Indian journal of veterinary science and animal husbandry - Volume 3,
Year: 1933
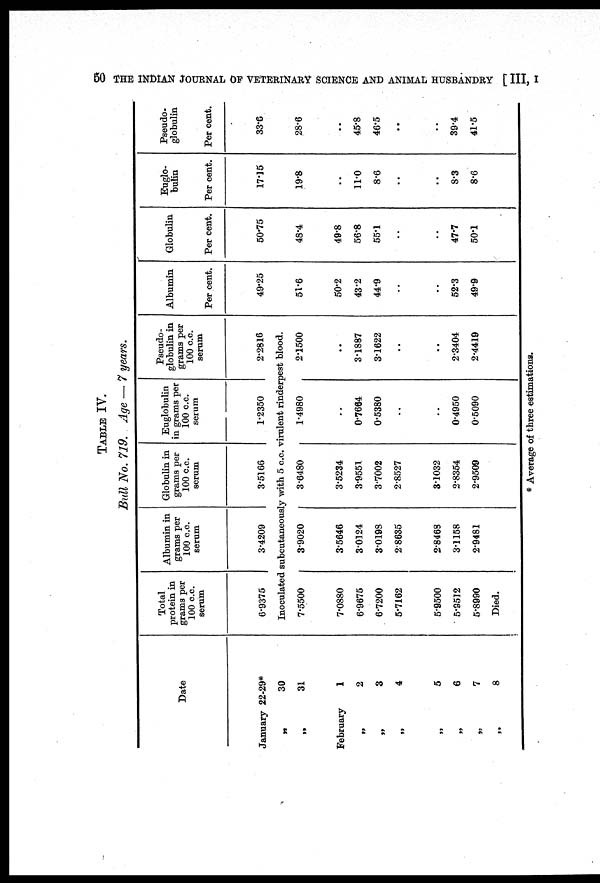
50 THE INDIAN JOURNAL OF VETERINARY SCIENCE AND ANIMAL HUSBANDRY [ III, I
TABLE IV.
Bull No. 719. Age — 7 years.
Date
January
„
„
February
„
„
„
„
„
„
„
22-29*
30
31
1
2
3
4
5
6
7
8
Total
protein in
grams per
100 c.c.
serum
6.9375
Albumin in
grams per
100 c.c.
serum
3.4209
Globulin in
grams per
100 c.c.
serum
3.5166
Euglobulin
in grams per
100 c.c.
serum
1.2350
Pseudo-
globulin in
grams per
100 c.c.
serum
2.2816
Inoculated subcutaneously with 5 c.c. virulent rinderpest blood.
7.5500
7.0880
6.9675
6.7200
5.7162
5.9500
5.9512
5.8990
Died.
3.9020
3.5646
3.0124
3.0198
2.8635
2.8468
3.1158
2.9481
3.6480
3.5234
3.9551
3.7002
2.8527
3.1032
2.8354
2.9509
1.4980
..
0.7664
0.5380
..
..
0.4950
0.5090
2.1500
..
3.1887
3.1622
..
..
2.3404
2.4419
Albumin
Per cent.
49.25
51.6
50.2
43.2
44.9
..
..
52.3
49.9
Globulin
Per cent.
50.75
48.4
49.8
56.8
55.1
..
..
47.7
50.1
Euglo¬
bulin
Per cent.
17.15
19.8
..
11.0
8.6
..
..
8.3
8.6
Pseudo-
globulin
Per cent.
33.6
28.6
..
45.8
46.5
..
..
39.4
41.5
* Average of three estimations.